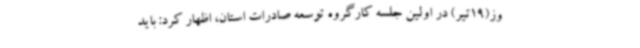
وز(19تیر) در اولین جلسه کارگروه توسعه صادرات استان، اظهار کرد: باید